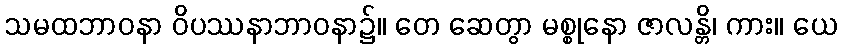
သမထဘာဝနာ ဝိပဿနာဘာဝနာ၌။ တေ ဆေတွာ မစ္စုနော ဇာလန္တိ၊ ကား။ ယေ